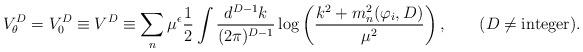
LaTeX: \begin{align*}V^D_\theta = V_0^D \equiv V^D \equiv\sum_n \mu^{\epsilon}{1\over 2}\int {d^{D-1} k\over (2\pi)^{D-1}}\log\left({k^2 + m_n^2(\varphi_i,D) \over\mu^2}\right),\quad \quad (D\neq {\rm integer}).\end{align*}